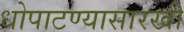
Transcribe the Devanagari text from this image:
धोपाटण्यासारखी